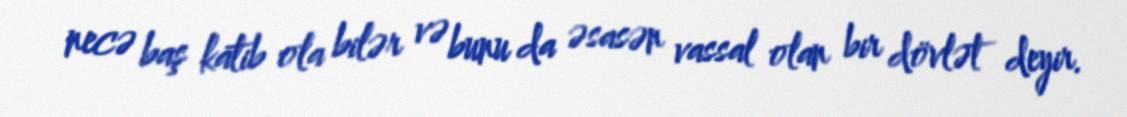
necə baş katib ola bilər və bunu da əsasən vassal olan bir dövlət deyir.